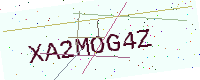
Text: XA2MOG4Z